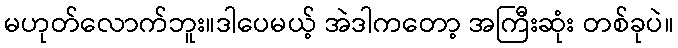
မဟုတ်လောက်ဘူး။ဒါပေမယ့် အဲဒါကတော့ အကြီးဆုံး တစ်ခုပဲ။